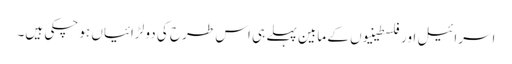
اسرائیل اور فلسطینیوں کے مابین پہلے ہی اس طرح کی دو لڑائیاں ہو چکی ہیں۔